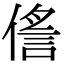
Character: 㑾